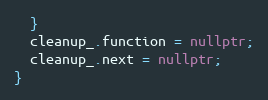
Language: C++
  }
  cleanup_.function = nullptr;
  cleanup_.next = nullptr;
}